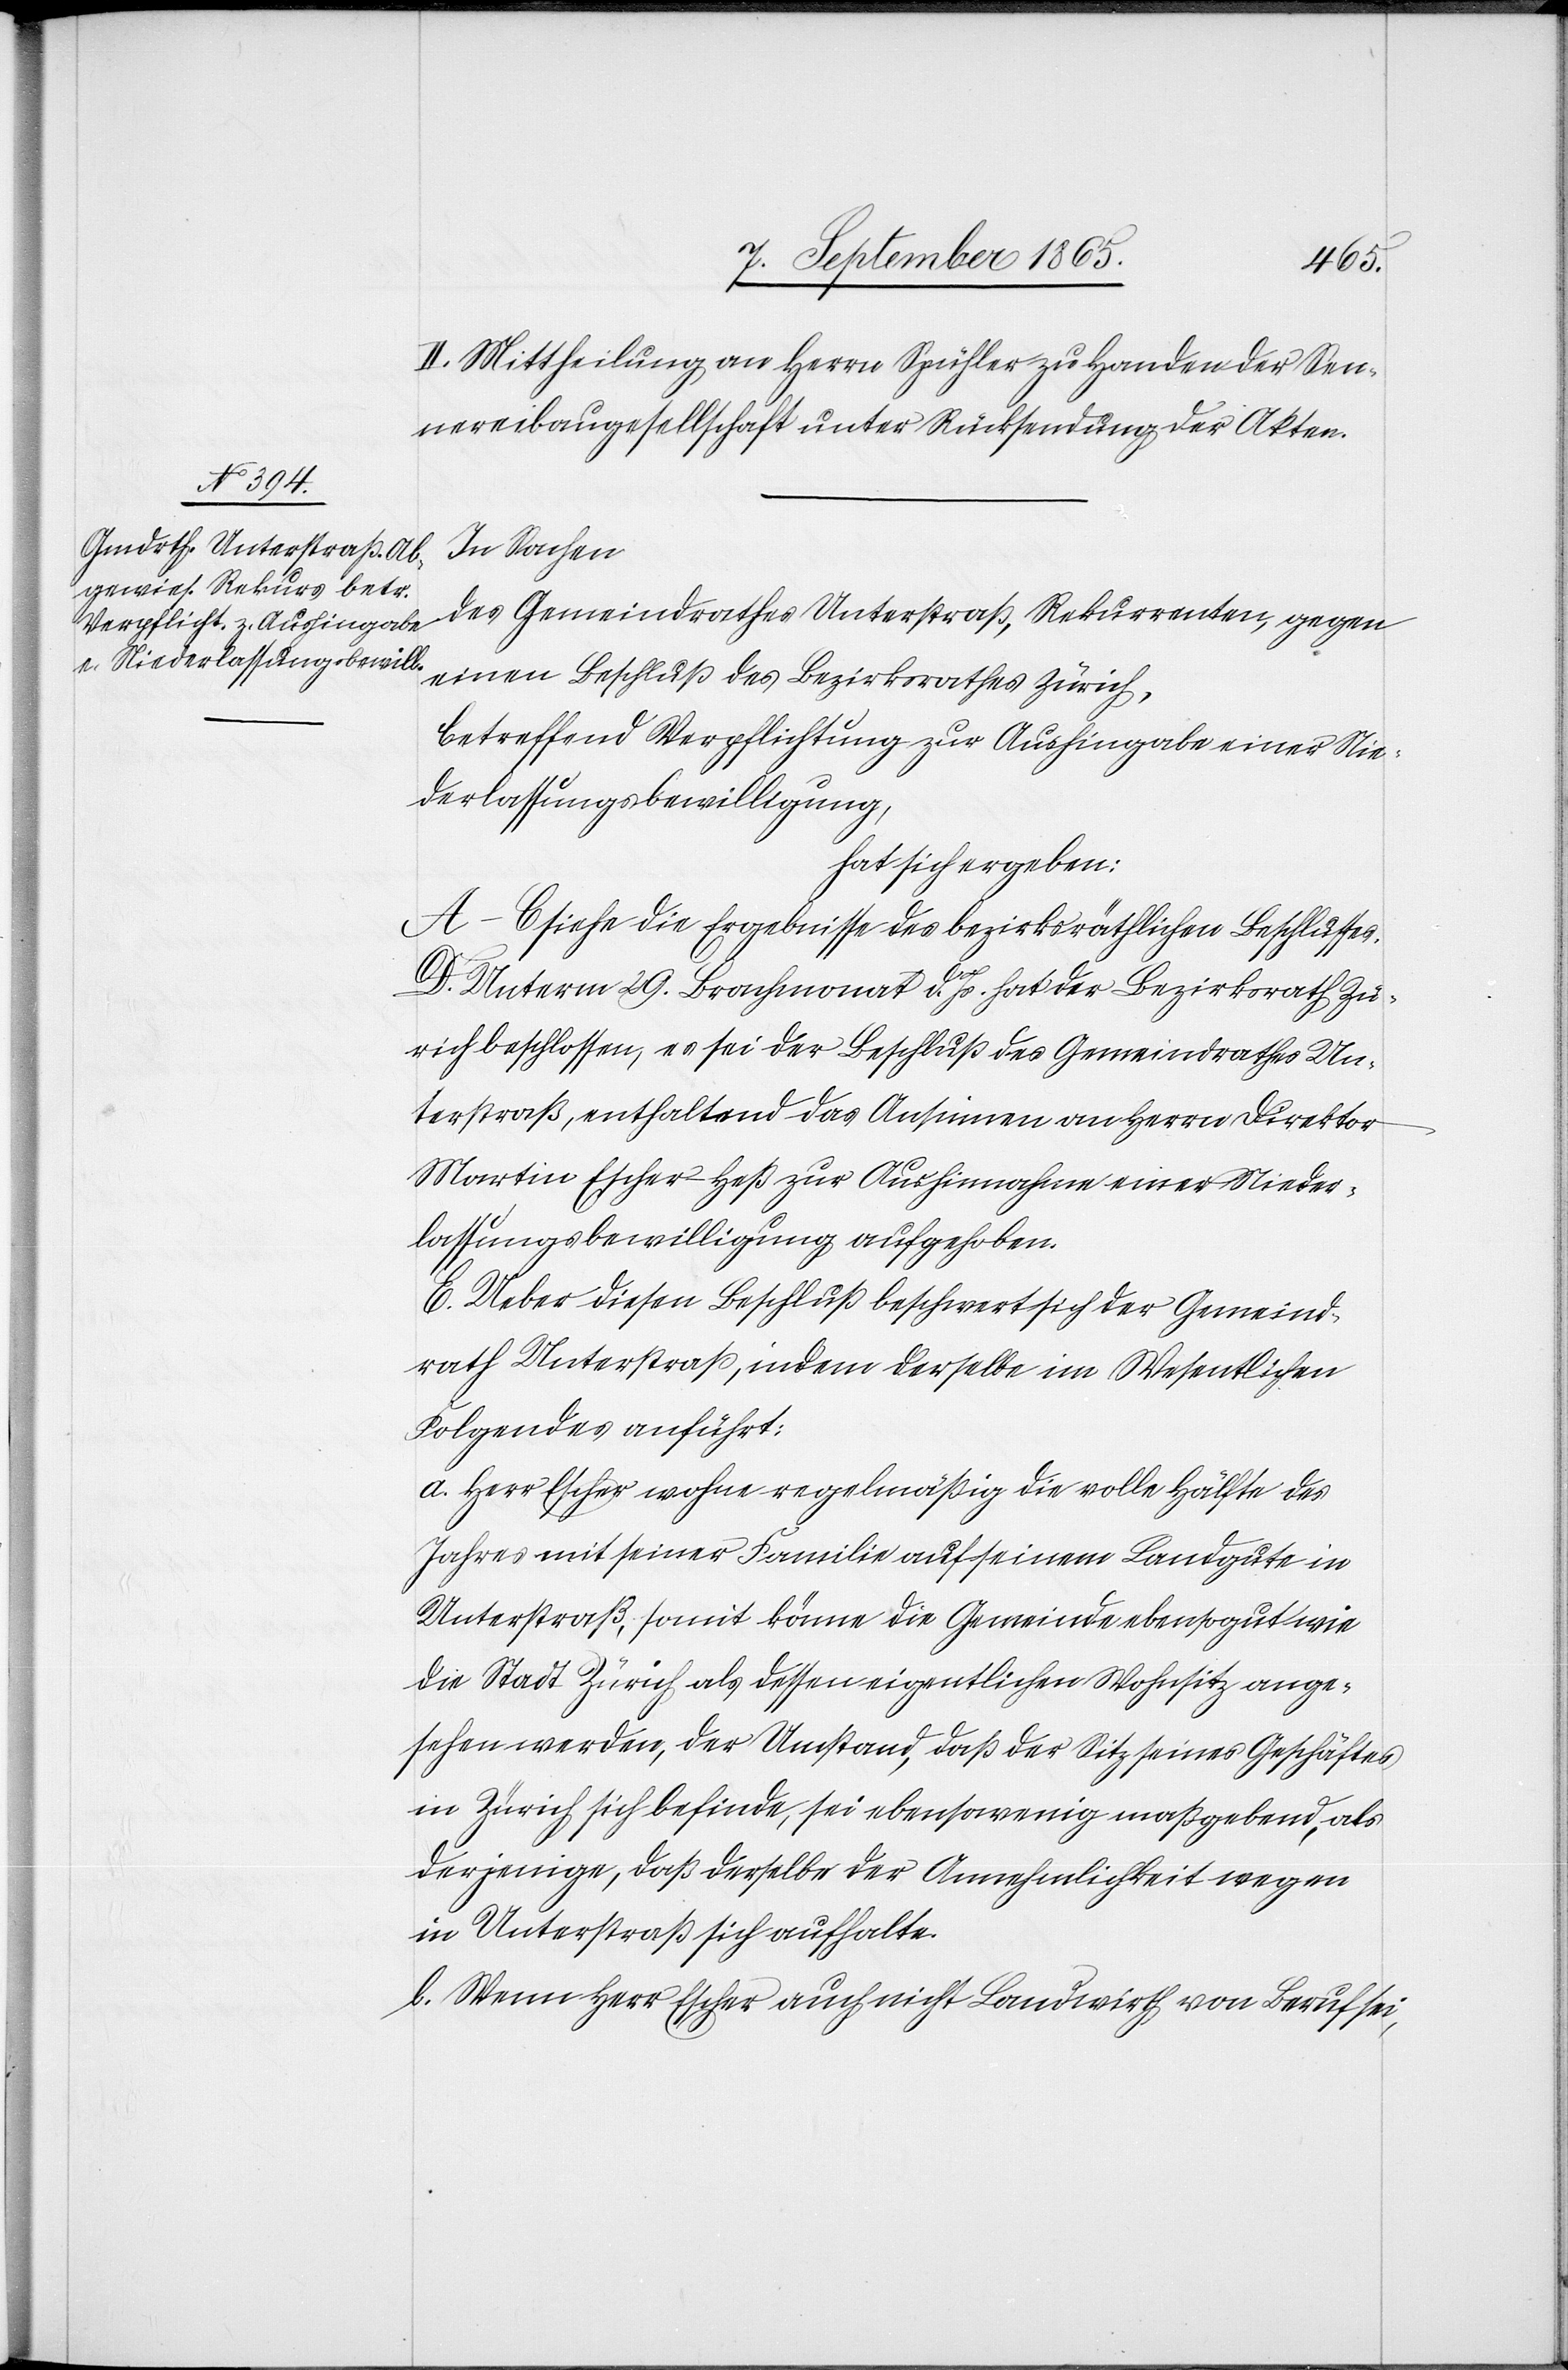
Nieder¬

II. Mittheilung an Herrn Spühler zu Handen der Sen¬
nereibaugesellschaft unter Rücksendung der Akten.
In Sachen
des Gemeindrathes Unterstraß, Rekurrenten, gegen
einen Beschluß des Bezirksrathes Zürich,
betreffend Verpflichtung zur Aushingabe einer Nie¬
derlassungsbewilligung,
hat sich ergeben:
A–C siehe die Ergebnisse des bezirksräthlichen Beschlusses.
D. Unterm 29. Brachmonat d. Js. hat der Bezirksrath Zü¬
rich beschlossen, es sei der Beschluß des Gemeindrathes Un¬
terstraß, enthaltend das Ansinnen an Herrn Direktor
Martin Escher-Heß zur Aushinnahme [recte: Aushingabe]
lassungsbewilligung aufgehoben.
E. Ueber diesen Beschluß beschwert sich der Gemeind¬
rath Unterstraß, indem derselbe im Wesentlichen
Folgendes anführt:
a. Herr Escher wohne regelmäßig die volle Hälfte des
Jahres mit seiner Familie auf seinem Landgute in
Unterstraß, somit könne die Gemeinde ebensogut wie
die Stadt Zürich als dessen eigentlichen Wohnsitz ange¬
sehen werden, der Umstand, daß der Sitz seines Geschäftes
in Zürich sich befinde, sei ebensowenig maßgebend, als
derjenige, daß derselbe der Annehmlichkeit wegen
in Unterstraß sich aufhalte.
b. Wenn Herr Escher auch nicht Landwirth von Beruf sei,